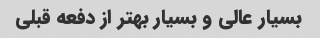
بسیار عالى و بسیار بهتر از دفعه قبلى